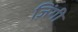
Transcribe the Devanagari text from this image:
ज़िंगी